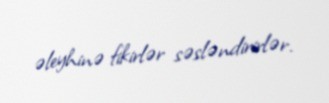
əleyhinə fikirlər səsləndirirlər.